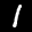
Label: 1